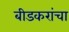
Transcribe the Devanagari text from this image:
बीडकरांचा